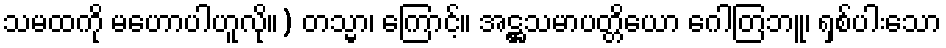
သမထကို မဟောပါဟူလို။) တသ္မာ၊ ကြောင့်။ အဋ္ဌသမာပတ္တိယော ဂေါတြဘူ၊ ရှစ်ပါးသော